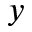
_ { y }